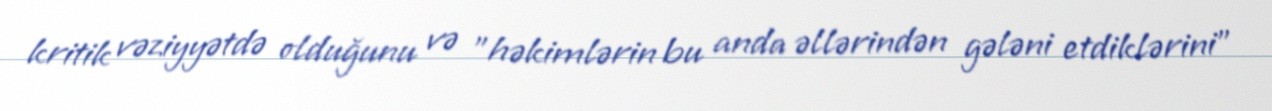
kritik vəziyyətdə olduğunu və "həkimlərin bu anda əllərindən gələni etdiklərini"